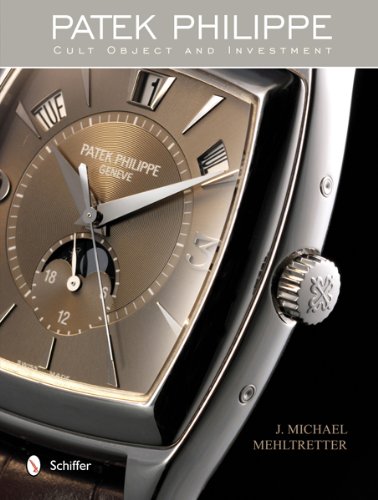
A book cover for Patek Philippe: Cult Object and Investment; J. Michael Mehltretter; Crafts, Hobbies & Home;